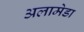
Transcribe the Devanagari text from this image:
अलामेडा